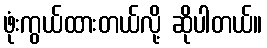
ဖုံးကွယ်ထားတယ်လို့ ဆိုပါတယ်။